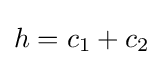
h=c_{1}+c_{2}